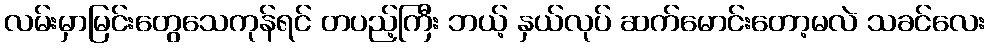
လမ်းမှာမြင်းတွေသေကုန်ရင် တပည့်ကြီး ဘယ့် နှယ်လုပ် ဆက်မောင်းတော့မလဲ သခင်လေး